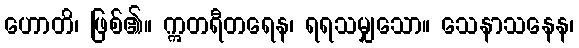
ဟောတိ၊ ဖြစ်၏။ ဣတရီတရေန၊ ရရသမျှသော။ သေနာသနေန၊